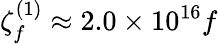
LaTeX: \zeta_{f}^{(1)}\approx 2.0\times 10^{16}f